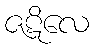
ဇဋိလေ